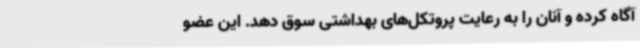
آگاه کرده و آنان را به رعایت پروتکل‌های بهداشتی سوق دهد. این عضو